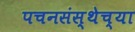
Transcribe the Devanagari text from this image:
पचनसंस्थेच्या